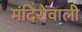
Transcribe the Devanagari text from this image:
मंदिरोंवाली